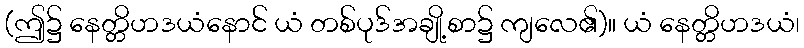
(ဤ၌ နေတ္တိဟဒယံနောင် ယံ တစ်ပုဒ်အချို့စာ၌ ကျလေ၏)။ ယံ နေတ္တိဟဒယံ၊